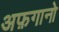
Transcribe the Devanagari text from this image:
अफ़गानो